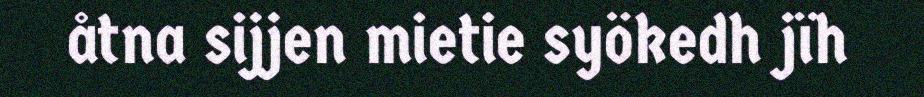
åtna sijjen mietie syökedh jïh